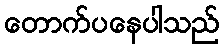
တောက်ပနေပါသည်